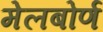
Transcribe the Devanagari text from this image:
मेलबोर्ण